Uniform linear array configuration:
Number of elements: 64
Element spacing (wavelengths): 0.5
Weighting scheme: cosine
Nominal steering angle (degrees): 15
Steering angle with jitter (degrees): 14.045
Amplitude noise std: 0.05
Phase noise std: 0.05

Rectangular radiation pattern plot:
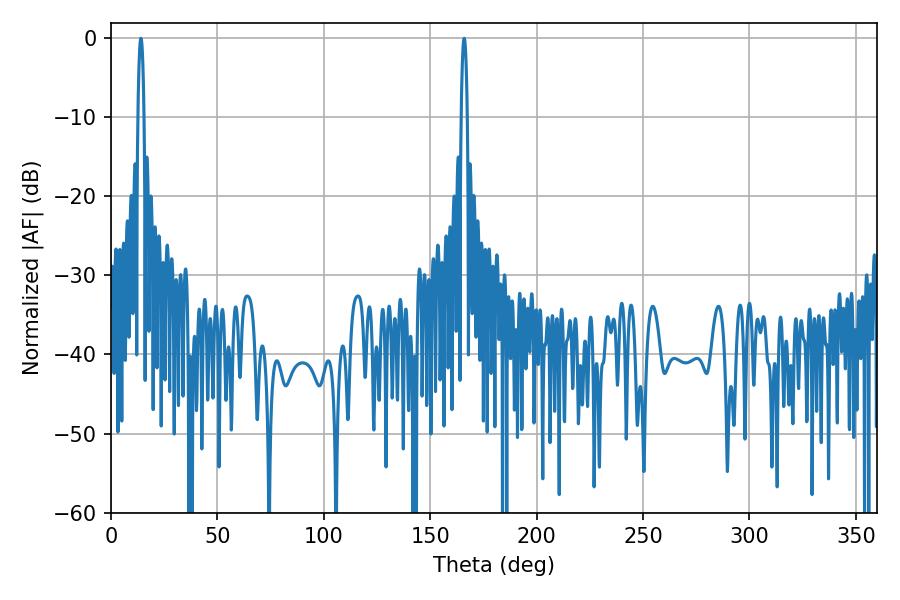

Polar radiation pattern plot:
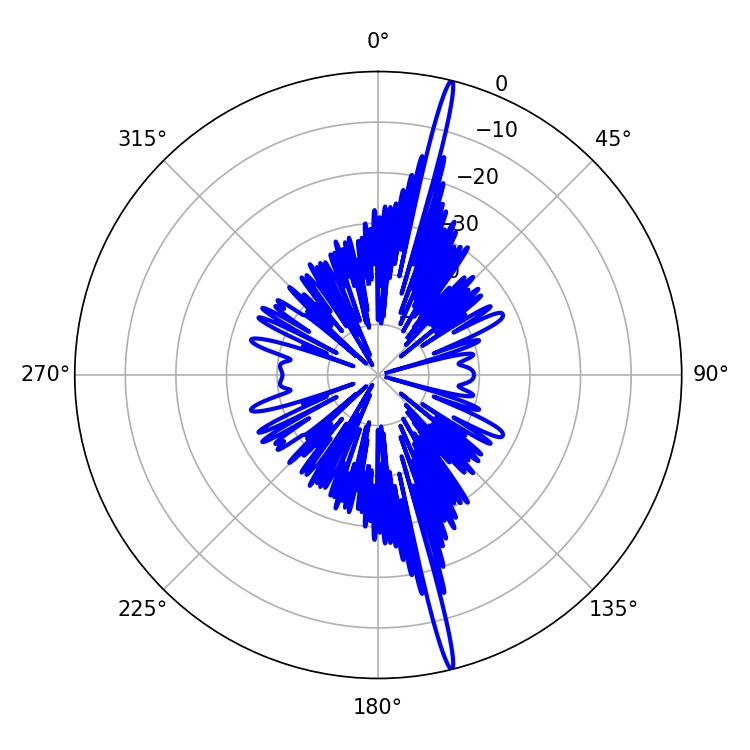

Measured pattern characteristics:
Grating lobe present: FALSE
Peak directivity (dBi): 21.045
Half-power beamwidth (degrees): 1.44
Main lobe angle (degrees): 14.04